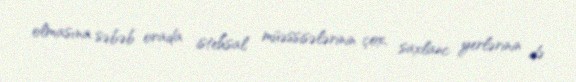
olmasına səbəb orada istehsal müəssisələrinin çox, saxlanc yerlərinin də